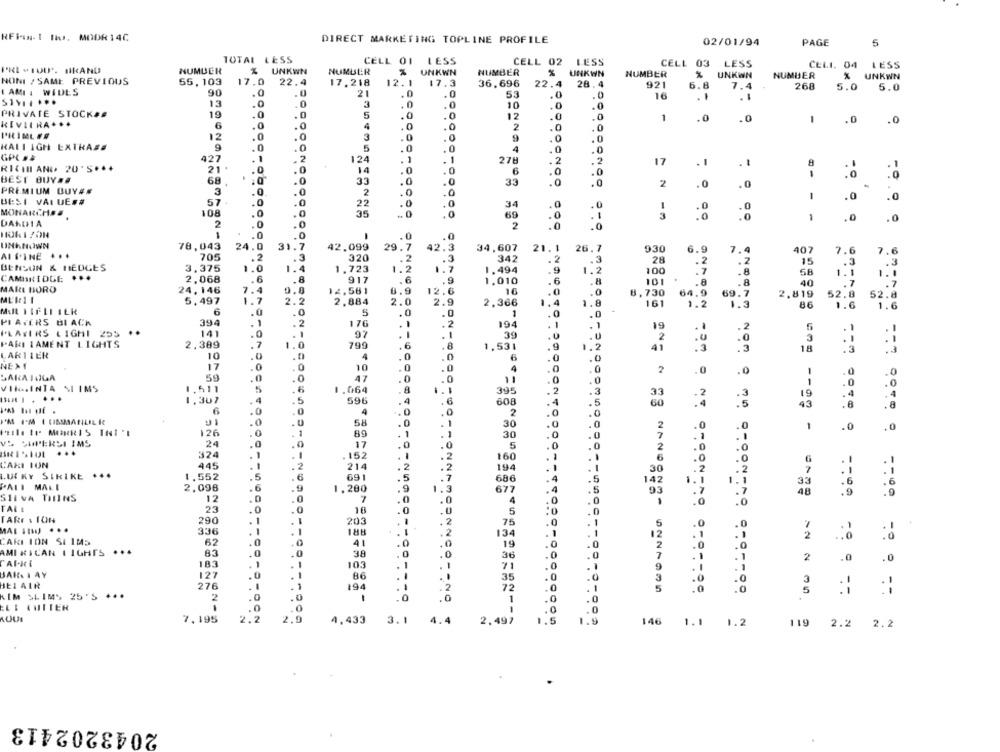
RFi- I No. MODR 14C
DIRECT MARKETING TOPLINE PROFILE
02/01/94
PAGE
5
TOTAL LESS
CELL 01
LESS
CELL 02
LESS
CELL 03 LESS
CELI. 04 LESS
NUMBER
% UNKWN
NURULR
UNKWN
NUMBER
UNKWN
NUMBER
UNKWN
NUMBER
% UNKWN
NONI / SAME PREVIOUS
55.103
17.0
22.4
17.218
12.1
17.3
36.696
28.4
90
22.4
921
6.8
7.4
268
5.0
5.0
I AMI I WIDES
.0
21
.0
.0
53
.0
16
. 1
. 1
13
.0
3
.0
.0
10
PRIVATE STOCKSE
19
.0
.0
5
.0
12
1
.0
.0
-
.0
.0
RIVIERA ...
6
.0
4
.0
.0
2
12
.0
3
.0
.0
9
HALL IGH EXTRAZE
9
.0
5
.0
.0
4
.0
GPL **
427
.1
- 2
124
278
0-
21 .
. 1
.2
.2
17
. 1
. 1
RICIII AND. 20'S ***
. 0
.0
14
.0
6
.0
.0
BEST BUY##
68
33
.0
33
.0
.0
2
.0
.0
PREMIUM BUY##
3
.0
.0
2
.0
1
UESI VALUE##
57
.0
.0
.0
.0
.0
1
.0
MONARCHSE
108
.0
.0
35
.. 0
.0
69
.1
.0
0
DAKDA
2
.0
.0
2
.0
.0
1
.0
.0
.0
.0
UNKNOWN
78,043
24.0
31.7
42.099
29.7
.
42.3
34,607
21.1
26.7
930
6.9
7.
407
AL FINE
705
7.6
7.6
.3
320
.2
.3
342
. 2
2
.3
.3
. 2
15
BENSON & HEDGES
3.375
1.0
1.4
1.723
1.2
1.7
1.494
9
9
. 7
. 8
CAMBRIDGE
2,068
.6
.8
917
.6
58
.6
.9
1.010
.8
.8
40
.7
MARL HORO
24.146
1.4
0.0
12.561
6.9
12.6
16
.0
69.
2,819
MLI1 1
5.497
1.7
2.2
2,884
2.0
1.4
62.8
52.8
2.9
2,366
1.4
161
1.2
1.3
86
1.6
1.6
MAIL FIFLE ILR
6
.0
.0
5
.0
1
PIAVERS BI ACK
394
. 1
.2
176
2
194
. 1
.1
19
PLAYERS LIGHI 255
141
.0
97
. 1
39
.U
2
3
PARLIAMENT LIGHTS
2.389
.7
799
6
1,531
.9
18
:3
LARIIER
10
.0
4
.0
6
.0
NEXT
17
.0
10
.
4
2
.0
SARA IJLA
59
.0
.0
.0
47
VHIGGINTA SI IMS
1.511
5
1.064
8
395
2
. 4
5
33
1,307
596
4
608
4
60
6
0
.
C
4
0
2
- - 97
*MIM ICISSMANLIL K
0
30
2
1
.0
126
0
30
.0
.0
VL SUPERSI IMS
24
0
17
0
.1
.1
5
2
.0
324
-
. 152
160
6
LAKI ION
445
214
194
--
6
30
2
LUCKY STRIKE ...
1.552
691
686
14
1.1
33
PALL MALL
2,098
6
1.200
677
SILVA THINS
93
.7
48
12
4
.0
TALL
23
0
18
5
TARE : ION
290
1
203
75
MAL FIM) .
336
1
134
2
CARI ION SLIMS
62
0
4
19
AMI KICAN LIGHTS ...
83
.0
38
36
183
1
103
71
2
.0
.0
BARN I AY
127
.0
35
HEI AIR
276
194
72
3
KIM SLIMS 25'S ***
.0
2
-
1
.0
. 0
ELI QUITER
0
.0
.0
AQUI
7.195
2.2
2.9
4.433
3.1
4.4
2,497
1.5
1.9
146 1.1
1.2
119 2.2 2.2
.
2043202413